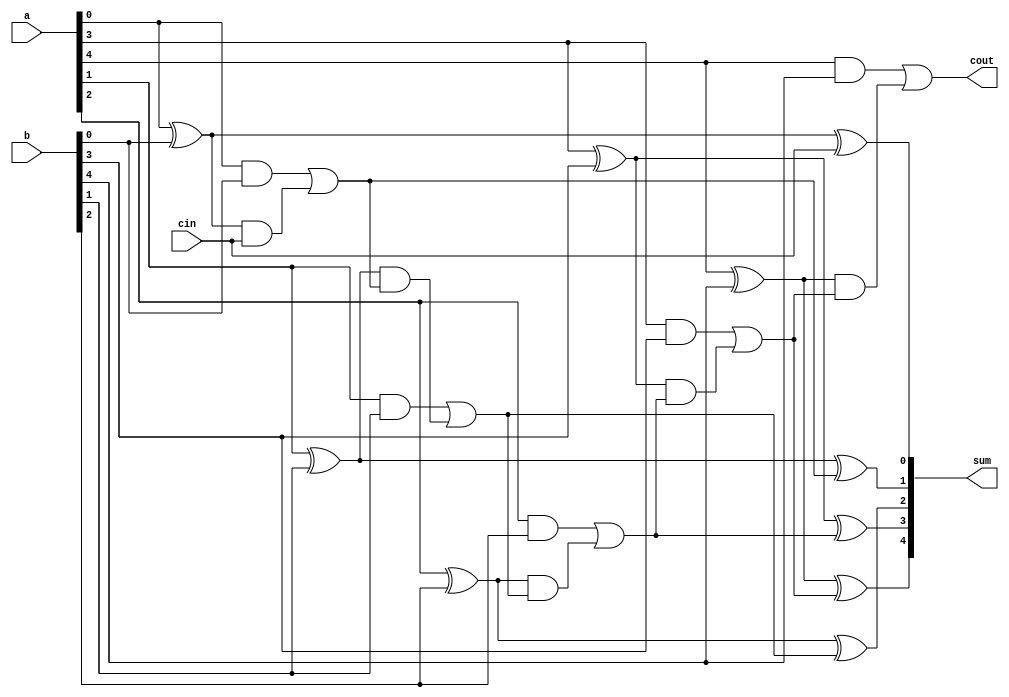
`timescale 1ns / 1ps
//////////////////////////////////////////////////////////////////////////////////
// Company: 
// Engineer: 
// 
// Design Name: 
// Module Name:    cla 
// Project Name: 
// Target Devices: 
// Tool versions: 
// Description: 
//
// Dependencies: 
//
// Revision: 
// Revision 0.01 - File Created
// Additional Comments: 
//
//////////////////////////////////////////////////////////////////////////////////
module cla #(parameter m=5)(output cout, output [m-1:0] sum, input [m-1:0] a,b, input cin
    );
//cla c1(result[15],result[14:15-m],r[14:15-m],err);
genvar j;
wire [m-1:0] p,g; wire [m:0] c;
//assign p=a^b;
//assign g=a&b;
assign c[0]= cin;
generate
for (j=0;j<m;j=j+1) begin:carry_lookahead
assign g[j]   = a[j] & b[j];
assign p[j]   = a[j] ^ b[j];
assign c[j+1] = g[j] | (p[j] & c[j]);
end
endgenerate
assign cout=c[m];

generate
for (j=0;j<m;j=j+1) begin:sum_loop
assign sum[j]=p[j]^c[j];
end
endgenerate
endmodule